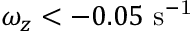
\omega _ { z } < - 0 . 0 5 \ \mathrm { s ^ { - 1 } }